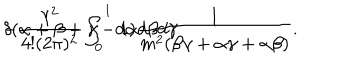
LaTeX: - \frac { \lambda ^ { 2 } } { 4 ! ( 2 \pi ) ^ { 2 } } \int _ { 0 } ^ { 1 } d \alpha d \beta d \gamma \hspace { 1 m m } \delta ( \alpha + \beta + \gamma - 1 ) \frac { 1 } { m ^ { 2 } ( \beta \gamma + \alpha \gamma + \alpha \beta ) } .